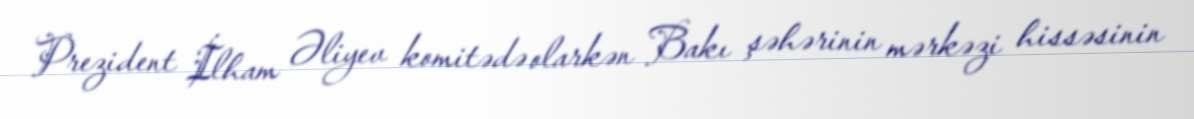
Prezident İlham Əliyev komitədə olarkən Bakı şəhərinin mərkəzi hissəsinin